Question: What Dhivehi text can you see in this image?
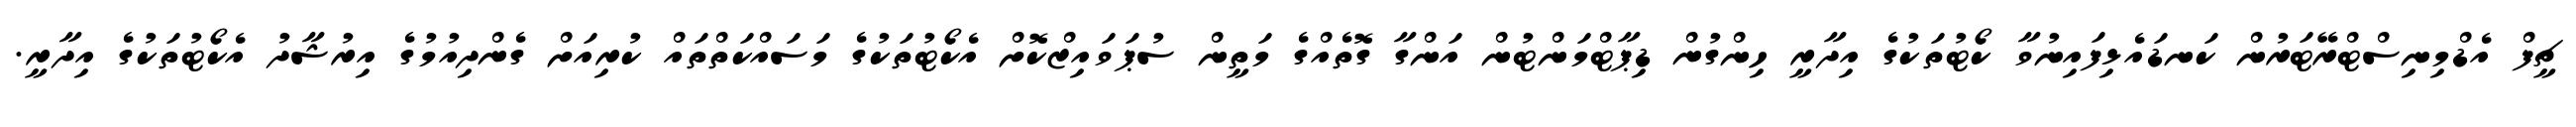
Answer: ޗީފް އެޑްމިނިސްޓްރޭޓަރުން ކަނޑައެޅިފައިނުވާ ކޯޓުތަކުގެ އިދާރީ ހިންގުން ޑިޕާޓްމަންޓުން އަންގާ ގޮތެއްގެ މަތީން ސުޕަވައިޒްކޮށް އެކޯޓުތަކުގެ މަސައްކަތްތައް ކުރިއަށް ގެންދިއުމުގެ އިރުޝާދު އެކޯޓުތަކުގެ އިދާރީ.